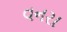
વનરા